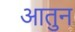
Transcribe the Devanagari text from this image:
आतुन